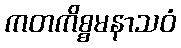
ကတကိစ္စမနာသဝံ